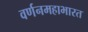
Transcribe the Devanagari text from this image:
वर्णनमहाभारत